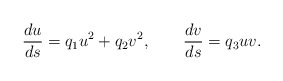
\begin{align*}{d u\over ds} = q_1 u^2 + q_2 v^2 ,\qquad {d v\over ds} = q_3 u v .\end{align*}